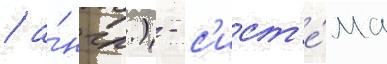
/ а́нгл.) - с'ист'е́ма